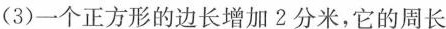
(3)一个正方形的边长增加2分米，它的周长